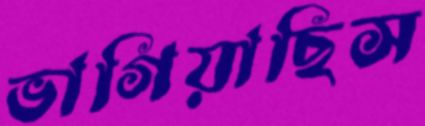
ভাগিয়াছিস